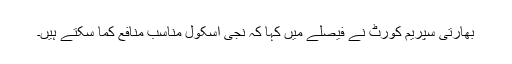
بھارتی سپریم کورٹ نے فیصلے میں کہا کہ نجی اسکول مناسب منافع کما سکتے ہیں۔